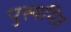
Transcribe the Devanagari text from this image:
पुस्यमित्र